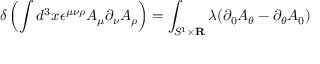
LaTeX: \delta \left( \int d ^ { 3 } x \epsilon ^ { \mu \nu \rho } A _ { \mu } \partial _ { \nu } A _ { \rho } \right) = \int _ { S ^ { 1 } \times { \bf R } } \lambda ( \partial _ { 0 } A _ { \theta } - \partial _ { \theta } A _ { 0 } )